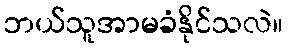
ဘယ်သူအာမခံနိုင်သလဲ။